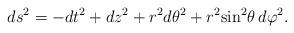
LaTeX: \begin{align*}ds^2=-dt^2+dz^2+r^2d{\theta}^2+r^2{\sin}^2\theta\,d{\varphi}^2.\end{align*}